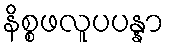
နိစ္စဖလူပပန္နာ